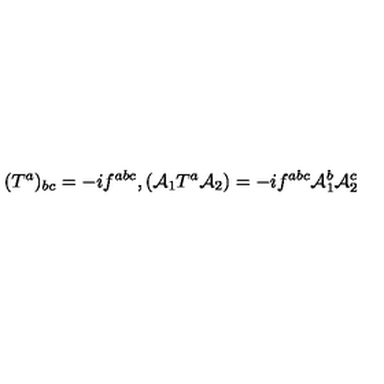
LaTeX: ( { T ^ { a } } ) _ { b c } = - i f ^ { a b c } , ( { \cal A } _ { 1 } T ^ { a } { \cal A } _ { 2 } ) = - i f ^ { a b c } { \cal A } _ { 1 } ^ { b } { \cal A } _ { 2 } ^ { c }